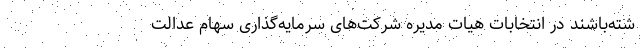
شته‌باشند در انتخابات هیات مدیره شرکت‌های سرمایه‌گذاری سهام عدالت